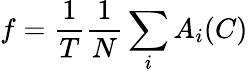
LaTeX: f=\frac{1}{T}\frac{1}{N}\sum_{i}A_{i}(C)